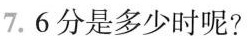
7.6分是多少时呢?